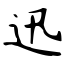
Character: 迅